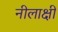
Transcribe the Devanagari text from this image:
नीलाक्षी